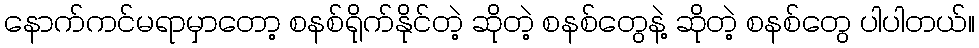
နောက်ကင်မရာမှာတော့ စနစ်ရိုက်နိုင်တဲ့ ဆိုတဲ့ စနစ်တွေနဲ့ ဆိုတဲ့ စနစ်တွေ ပါပါတယ်။